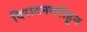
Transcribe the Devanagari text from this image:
विराटनगरीहून